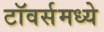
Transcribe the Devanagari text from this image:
टॉवर्समध्ये